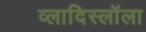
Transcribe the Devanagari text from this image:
व्लादिस्लॉला